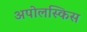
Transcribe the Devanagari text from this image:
अपोलस्किस